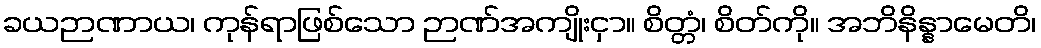
ခယဉာဏာယ၊ ကုန်ရာဖြစ်သော ဉာဏ်အကျိုးငှာ။ စိတ္တံ၊ စိတ်ကို။ အဘိနိန္နာမေတိ၊